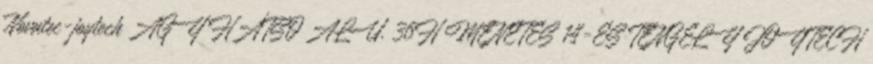
Novatec-joytech AGY HÁTSÓ ALU. 36H MENETES 14-ES TENGELY JOYTECH